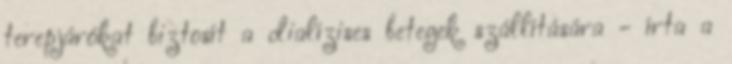
terepjárókat biztosít a dialízises betegek szállítására - írta a